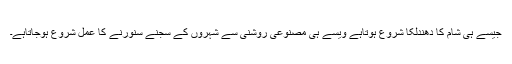
جیسے ہی شام کا دھندلکا شروع ہوتاہے ویسے ہی مصنوعی روشنی سے شہروں کے سجنے سنورنے کا عمل شروع ہوجاتاہے۔